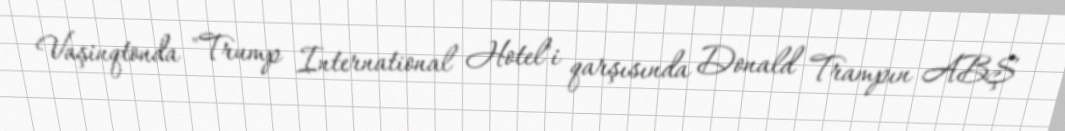
Vaşinqtonda "Trump International Hotel"i qarşısında Donald Trampın ABŞ